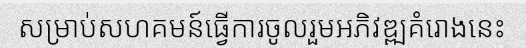
សម្រាប់សហគមន៍ធ្វើការចូលរួមអភិវឌ្ឍគំរោងនេះ